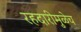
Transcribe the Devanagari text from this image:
रहदारीमुळेच